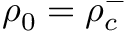
\rho _ { 0 } = \rho _ { c } ^ { - }